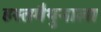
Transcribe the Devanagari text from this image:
हस्तमैथुनाला